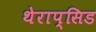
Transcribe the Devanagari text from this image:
थेराप्सिड